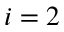
i = 2